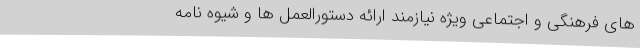
های فرهنگی و اجتماعی ویژه نیازمند ارائه دستورالعمل ها و شیوه نامه